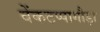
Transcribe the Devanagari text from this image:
वेंकटप्पागौड़ा